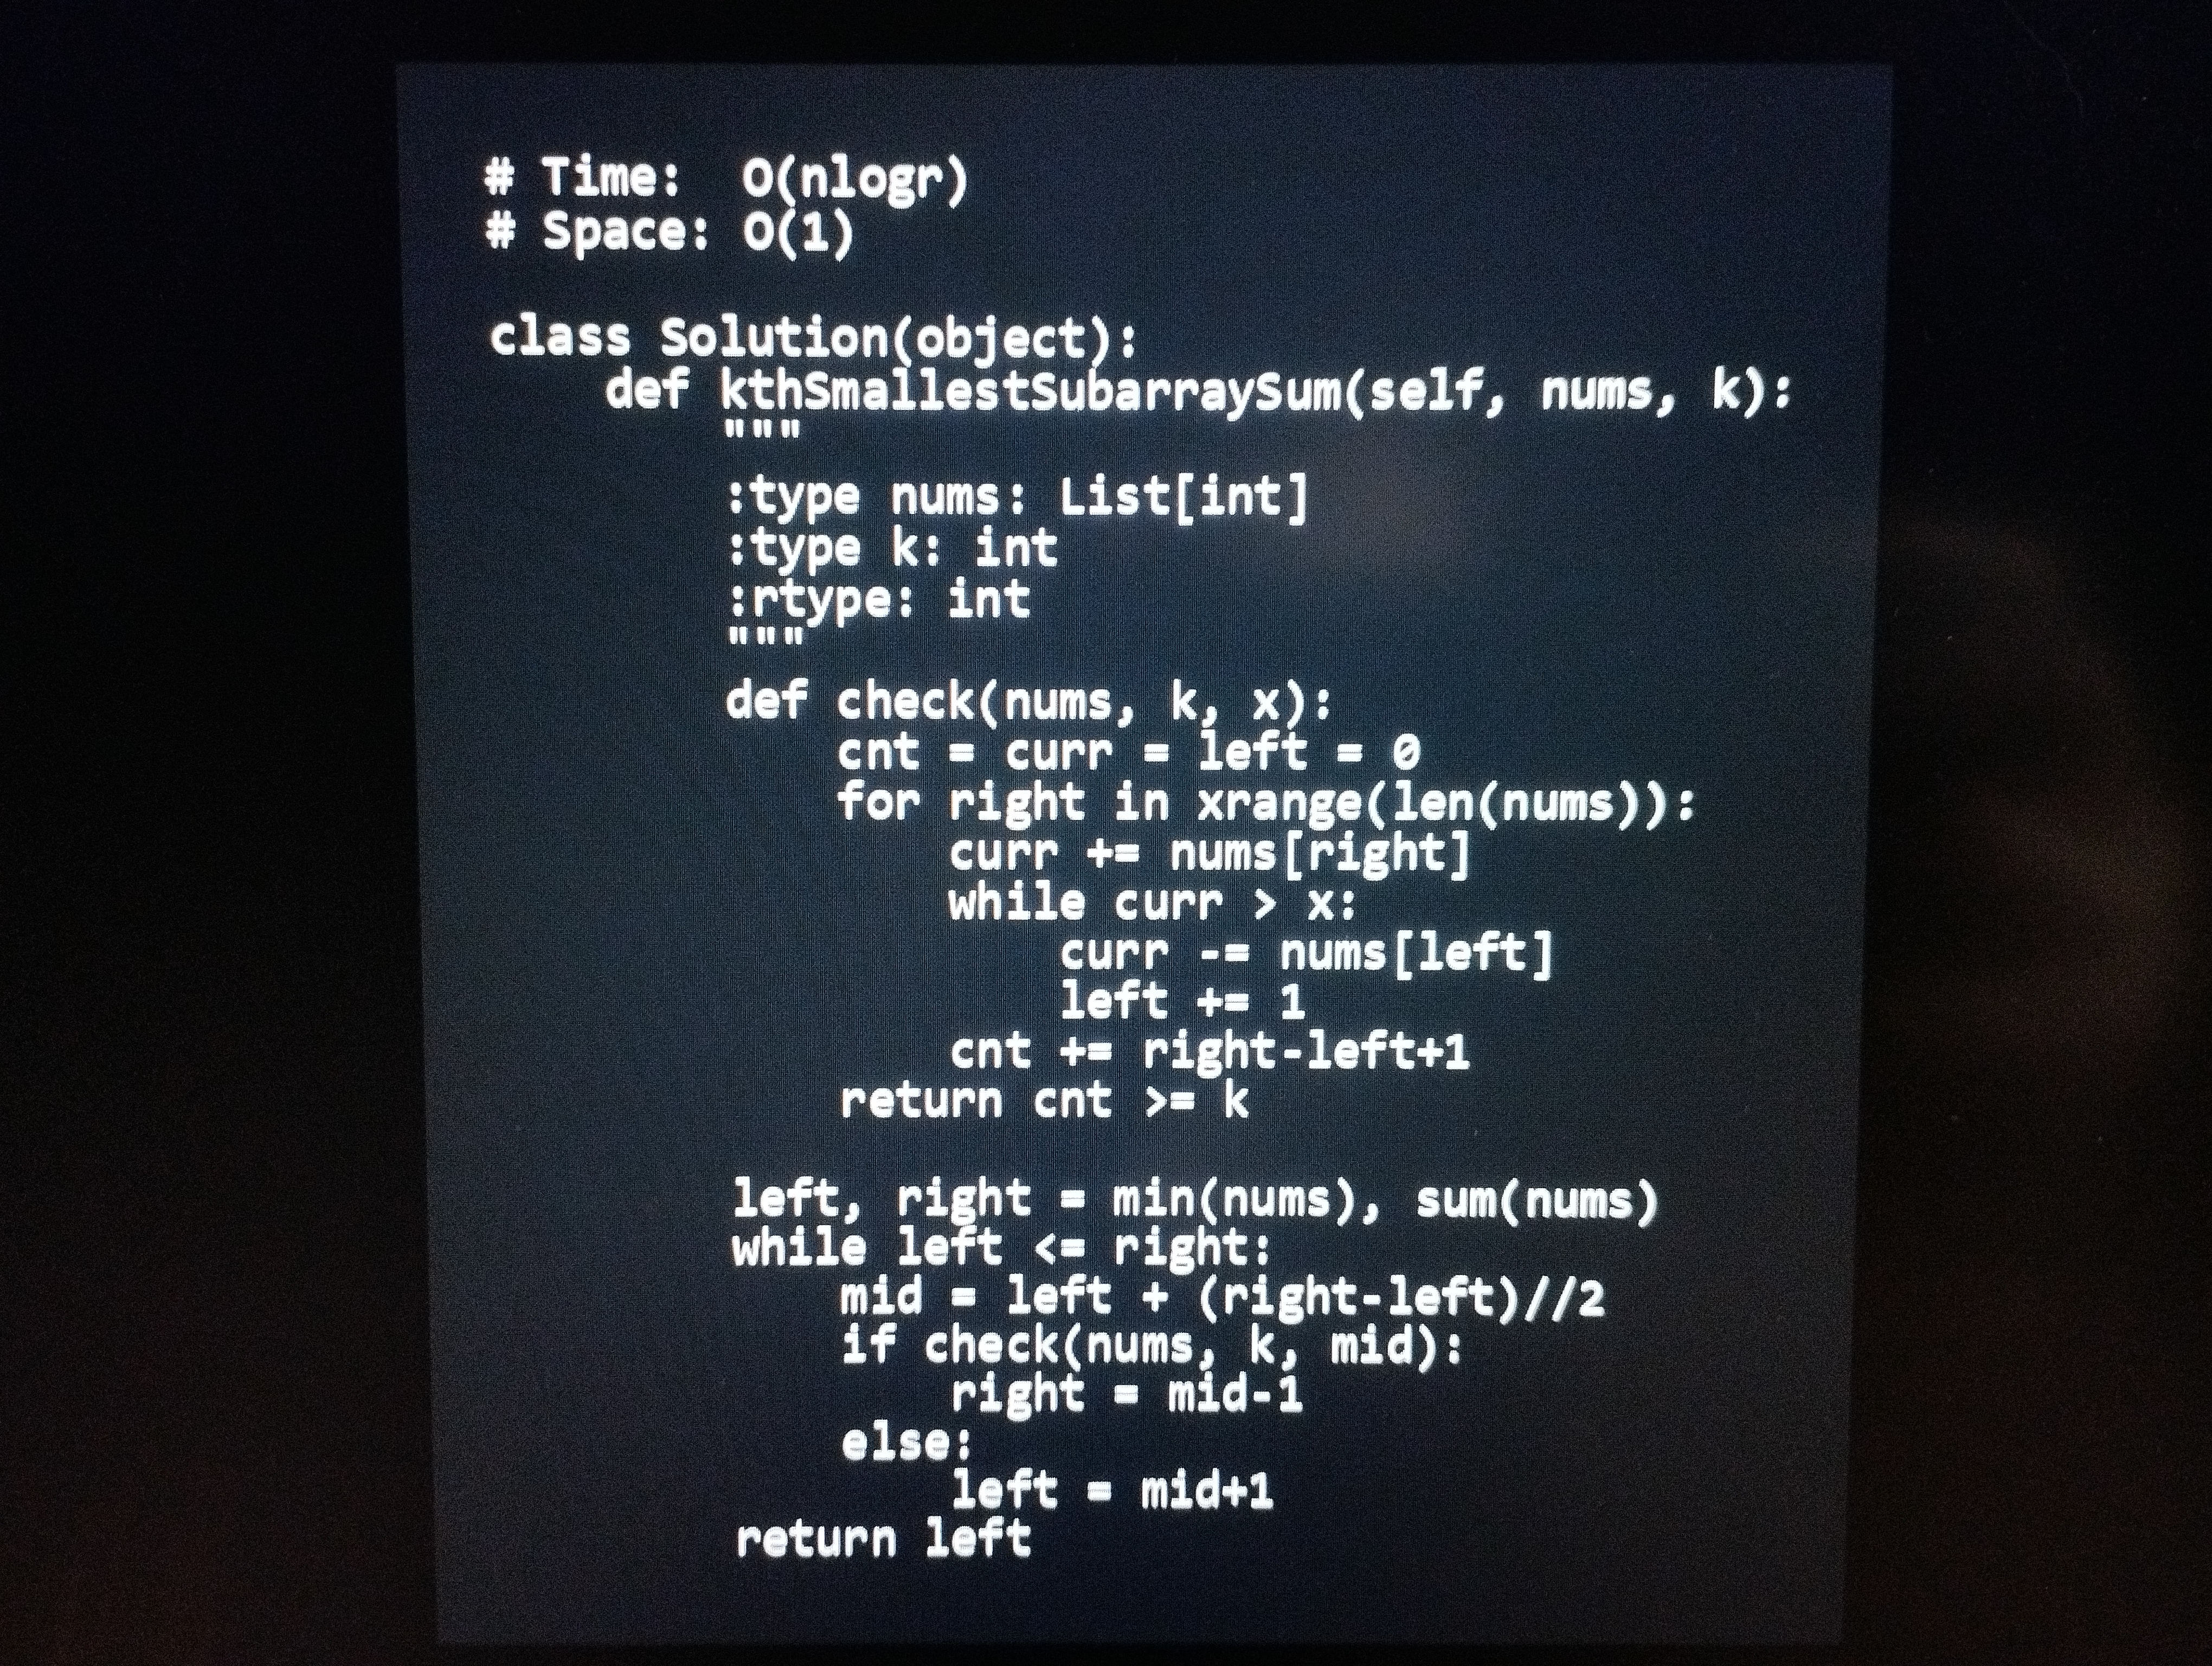
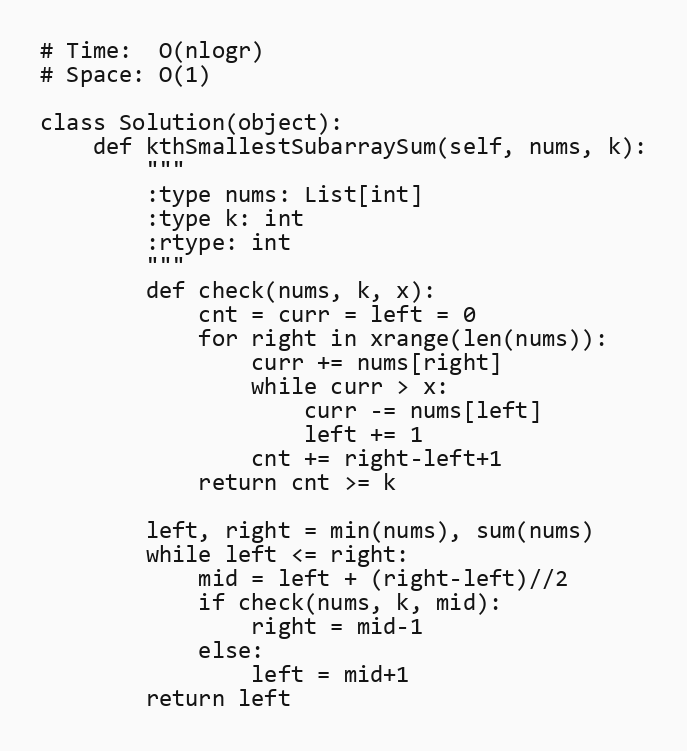
# Time:  O(nlogr)
# Space: O(1)

class Solution(object):
    def kthSmallestSubarraySum(self, nums, k):
        """
        :type nums: List[int]
        :type k: int
        :rtype: int
        """
        def check(nums, k, x):
            cnt = curr = left = 0
            for right in xrange(len(nums)):
                curr += nums[right]
                while curr > x:
                    curr -= nums[left]
                    left += 1
                cnt += right-left+1
            return cnt >= k

        left, right = min(nums), sum(nums)
        while left <= right:
            mid = left + (right-left)//2
            if check(nums, k, mid):
                right = mid-1
            else:
                left = mid+1
        return left